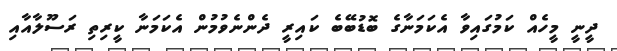
ދީނީ މީހެއް ކަމުގައިވާ އެެކަމަނާގެ ބޮޑުބޭބެ ކައިރީ ދެންނެވުމުން އެކަމަނާ ކީރިތި ރަސޫލާއާއި